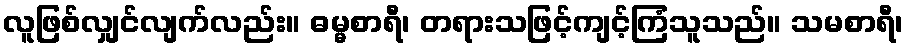
လူဖြစ်လျှင်လျက်လည်း။ ဓမ္မစာရီ၊ တရားသဖြင့်ကျင့်ကြံသူသည်။ သမစာရီ၊